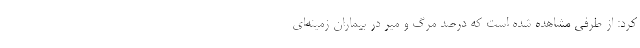
کرد: از طرفی مشاهده شده است که درصد مرگ و میر در بیماران زمینه‌ای